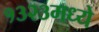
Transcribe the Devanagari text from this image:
१३२३मध्ये